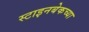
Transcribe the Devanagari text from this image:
स्टाइनबेकच्या